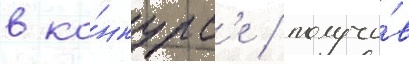
в ко́нкурс'е / получи́в